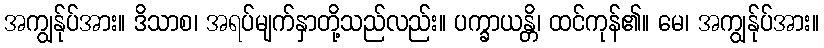
အကျွန်ုပ်အား။ ဒိသာစ၊ အရပ်မျက်နှာတို့သည်လည်း။ ပက္ခာယန္တိ၊ ထင်ကုန်၏။ မေ၊ အကျွန်ုပ်အား။